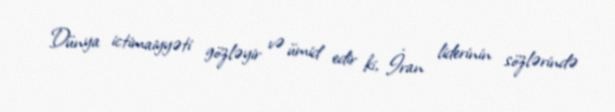
Dünya ictimaiyyəti gözləyir və ümid edir ki, İran liderinin sözlərində